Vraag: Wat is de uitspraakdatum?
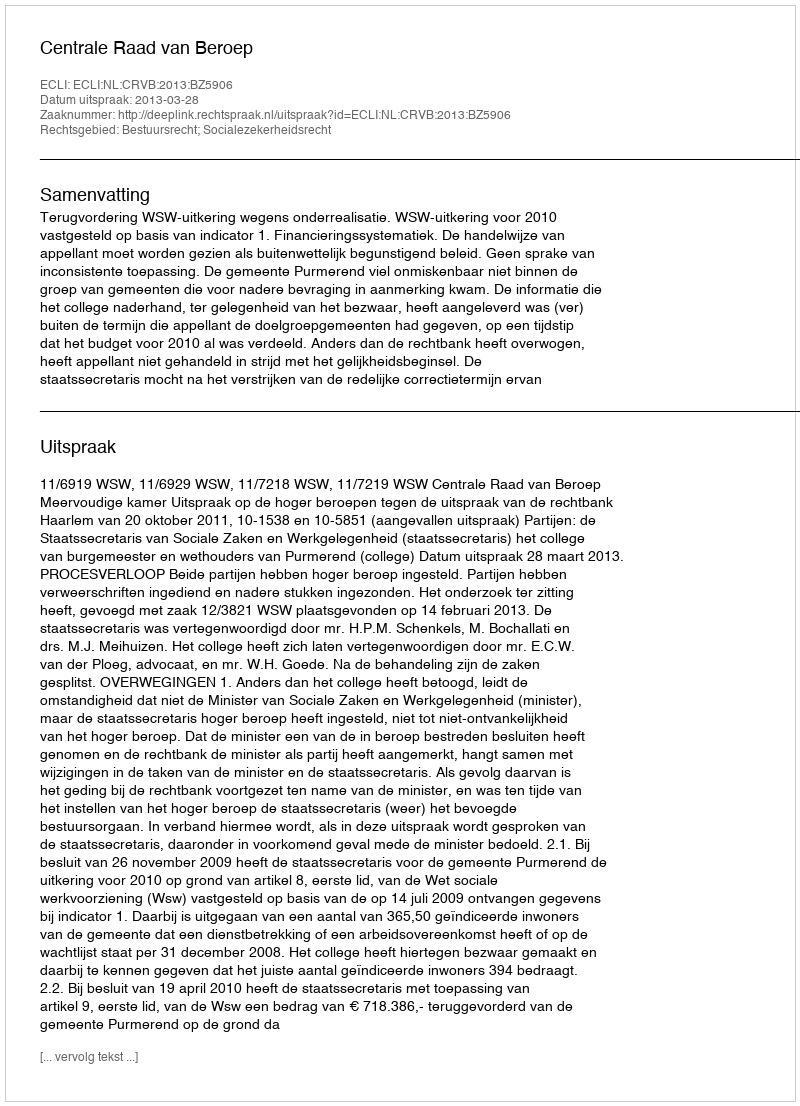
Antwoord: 2013-03-28